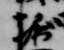
堀